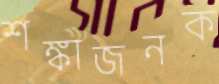
শঙ্কাজনক